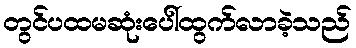
တွင်ပထမဆုံးပေါ်ထွက်လာခဲ့သည်